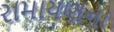
રામાયણના